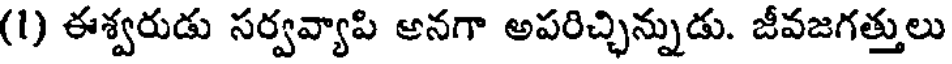
(1) ఈశ్వరుడు సర్వవ్యాపి అనగా అపరిచ్చిన్నుడు. జీవజగత్తులు